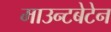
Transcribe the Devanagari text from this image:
माउन्टबेटेन